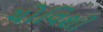
ચોવિશી